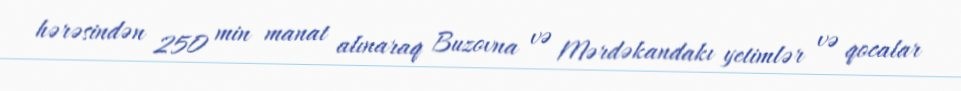
hərəsindən 250 min manat alınaraq Buzovna və Mərdəkandakı yetimlər və qocalar